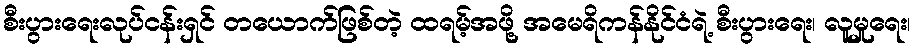
စီးပွားရေးလုပ်ငန်းရှင် တယောက်ဖြစ်တဲ့ ထရမ့်အဖို့ အမေရိကန်နိုင်ငံရဲ့ စီးပွားရေး၊ လူမှုရေး၊